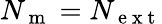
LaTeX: N_{\mathrm{~m~}}=N_{\mathrm{~e~x~t~}}